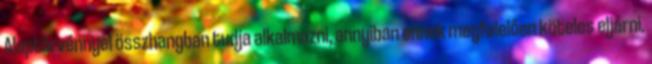
Alaptörvénnyel összhangban tudja alkalmazni, annyiban ennek megfelelően köteles eljárni.